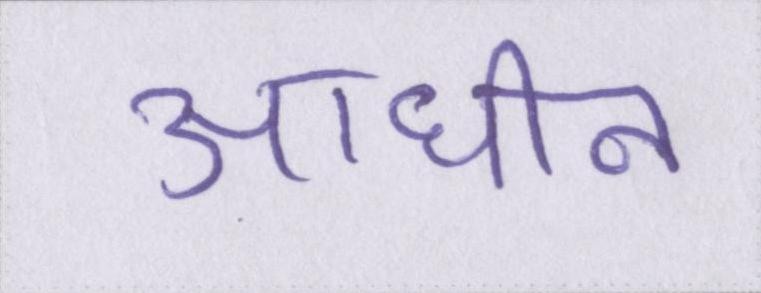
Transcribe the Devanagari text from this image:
आधीन